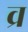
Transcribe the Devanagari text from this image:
व्र